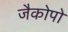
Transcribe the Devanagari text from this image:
जैकोपो